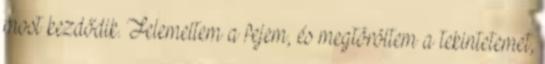
most kezdődik. Felemeltem a fejem, és megtöröltem a tekintetemet,